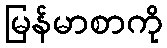
မြန်မာစာကို